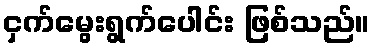
ငှက်မွေးရွက်ပေါင်း ဖြစ်သည်။